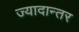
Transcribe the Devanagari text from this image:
ज्यादान्तर